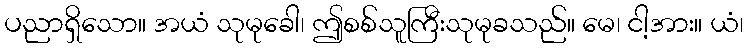
ပညာရှိသော။ အယံ သုမုခေါ၊ ဤစစ်သူကြီးသုမုခသည်။ မေ၊ ငါ့အား။ ယံ၊